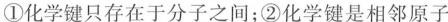
①化学键只存在于分子之间；②化学键是相邻原子